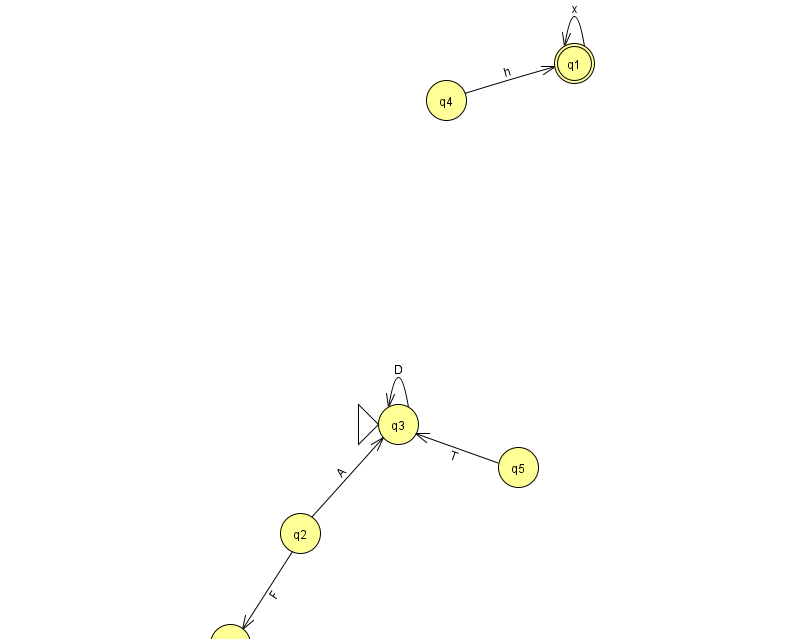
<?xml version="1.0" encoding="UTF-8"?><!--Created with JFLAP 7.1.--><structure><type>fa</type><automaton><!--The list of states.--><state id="0" name="q0"><x>230.0</x><y>631.0</y></state><state id="1" name="q1"><x>574.0</x><y>50.0</y><final/></state><state id="2" name="q2"><x>300.0</x><y>520.0</y></state><state id="3" name="q3"><x>398.0</x><y>411.0</y><initial/></state><state id="4" name="q4"><x>446.0</x><y>87.0</y></state><state id="5" name="q5"><x>518.0</x><y>454.0</y></state><!--The list of transitions.--><transition><from>2</from><to>3</to><read>A</read></transition><transition><from>3</from><to>3</to><read>D</read></transition><transition><from>5</from><to>3</to><read>T</read></transition><transition><from>1</from><to>1</to><read>x</read></transition><transition><from>2</from><to>0</to><read>F</read></transition><transition><from>4</from><to>1</to><read>h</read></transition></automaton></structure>